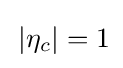
\,|\eta _{c}|=1